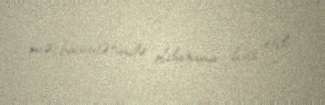
məcburiyyətində olduğunu hiss etdi.